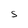
Character: S